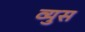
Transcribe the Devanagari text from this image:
व्युस